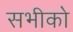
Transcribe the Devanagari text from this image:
सभीको